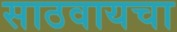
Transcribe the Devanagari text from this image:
साठवायचा